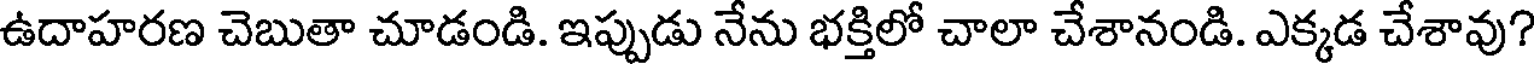
ఉదాహరణ చెబుతా చూడండి. ఇప్పుడు నేను భక్తిలో చాలా చేశానండి. ఎక్కడ చేశావు?